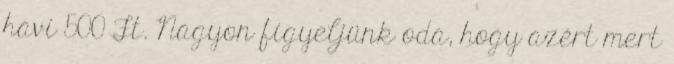
havi 500 Ft. Nagyon figyeljünk oda, hogy azért mert